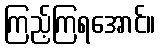
ကြည့်ကြရအောင်။